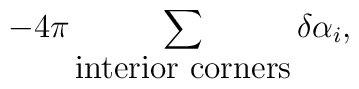
-4\pi\sum_{\hbox{interior corners}}\delta\alpha_i,